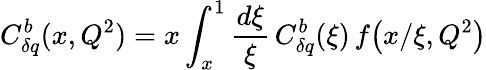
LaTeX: C_{\delta q}^{b}(x,Q^{2})=x\int_{x}^{1}\frac{d\xi}{\xi}\, C_{\delta q}^{b}(\xi)\, f\! \left(x/\xi,Q^{2}\right)